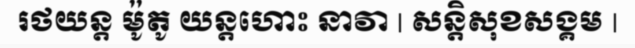
រថយន្ត ម៉ូតូ យន្តហោះ នាវា | សន្តិសុខសង្គម |